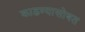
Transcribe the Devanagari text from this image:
काढण्यासोबत